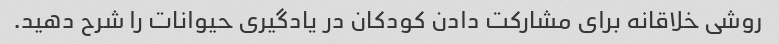
روشی خلاقانه برای مشارکت دادن کودکان در یادگیری حیوانات را شرح دهید.